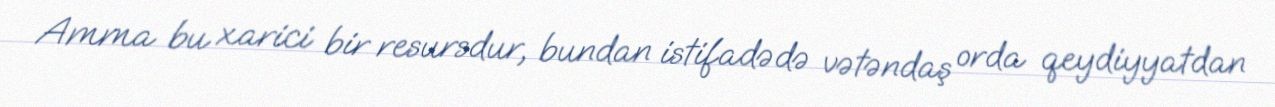
Amma bu xarici bir resursdur, bundan istifadədə vətəndaş orda qeydiyyatdan